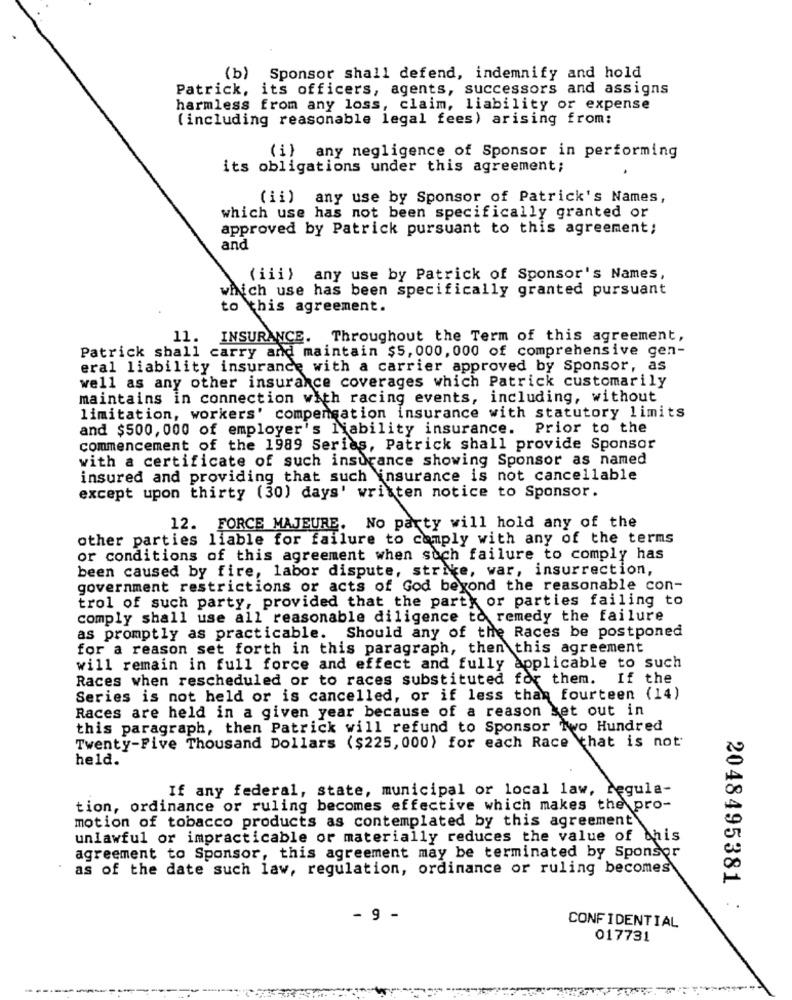
(b) Sponsor shall defend, indemnify and hold
Patrick, its officers, agents, successors and assigns
harmless from any loss, claim, liability or expense
( including reasonable legal fees) arising from:
(i) any negligence of Sponsor in performing
its obligations under this agreement;
(ii) any use by Sponsor of Patrick's Names,
which use has not been specifically granted or
approved by Patrick pursuant to this agreement;
and
(iii) any use by Patrick of Sponsor's Names,
which use has been specifically granted pursuant
to this agreement.
11.
INSURANCE. Throughout the Term of this agreement,
Patrick shall carry and maintain $5, 000, 000 of comprehensive gen-
eral liability insurance with a carrier approved by Sponsor, as
well as any other insurance coverages which Patrick customarily
maintains in connection with racing events, including, without
limitation, workers' compensation insurance with statutory limits
and $500, 000 of employer's liability insurance. Prior to the
commencement of the 1989 Series, Patrick shall provide Sponsor
with a certificate of such insurance showing Sponsor as named
insured and providing that such insurance is not cancellable
except upon thirty (30) days' written notice to Sponsor.
12. FORCE MAJEURE. No party will hold any of the
other parties liable for failure to comply with any of the terms
or conditions of this agreement when such failure to comply has
been caused by fire, labor dispute, strike, war, insurrection,
government restrictions or acts of God beyond the reasonable con-
trol of such party, provided that the party or parties failing to
comply shall use all reasonable diligence to remedy the failure
as promptly as practicable. Should any of the Races be postponed
for a reason set forth in this paragraph, then this agreement
will remain in full force and effect and fully applicable to such
Races when rescheduled or to races substituted for them. If the
Series is not held or is cancelled, or if less than fourteen (14)
Races are held in a given year because of a reason ket out in
this paragraph, then Patrick will refund to Sponsor Two Hundred
Twenty-Five Thousand Dollars ($225, 000) for each Race that is not
held.
If any federal, state, municipal or local law, regula-
tion, ordinance or ruling becomes effective which makes the pro-
motion of tobacco products as contemplated by this agreement
unlawful or impracticable or materially reduces the value of this
agreement to Sponsor, this agreement may be terminated by Sponsor
as of the date such law, regulation, ordinance or ruling becomes
2048495381
- 9 -
CONFIDENTIAL
017731
--------
----
--